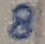
Text: 8